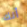
أنك